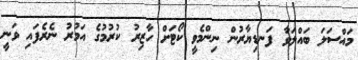
މައްސަލަ ބައްލަވާ ފަނޑިޔާރުން ނިންމެވީ ކޯޓަށް ހާޒިރު ކުރުމުގެ އަމުރު ނެރެފައި ވަނީ